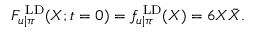
{ \cal F } _ { u | \pi } ^ { \mathrm { \footnotesize ~ L D } } ( X ; t = 0 ) = f _ { u | \pi } ^ { \mathrm { \footnotesize ~ L D } } ( X ) = 6 X \bar { X } .